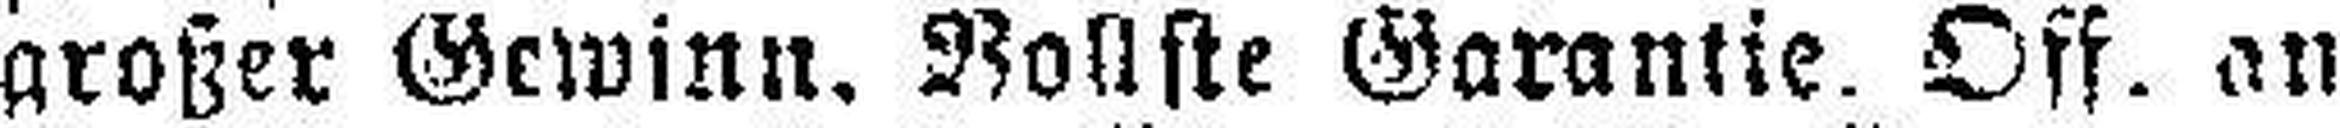
großer Gewinn. Vollste Garantie. Off. an